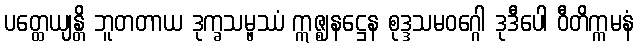
ပတ္ထေယျန္တိ ဘူတတာယ ဒုက္ခသမ္ဖဿံ ဣဇ္ဈနဋ္ဌေန စုဒ္ဒသမဝဂ္ဂေါ ဒုဒီပေါ ဝီတိက္ကမနံ